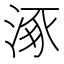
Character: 涿